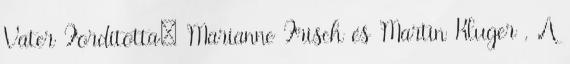
Vater Fordította: Marianne Frisch és Martin Kluger , A